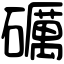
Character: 礪